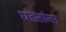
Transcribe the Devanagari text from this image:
घडतांना